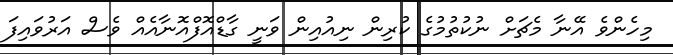
މިހެންވެ އޭނާ މެޗަށް ނުކުތުމުގެ ކުރިން ނިއުއިން ވަނީ ގާޑްއޮފްއޮނާއެއް ވެސް އަރުވައިފަ